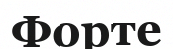
Форте